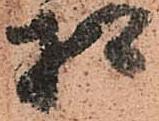
相